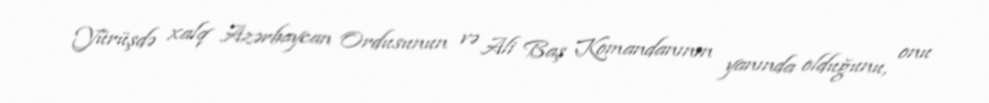
Yürüşdə xalq Azərbaycan Ordusunun və Ali Baş Komandanının yanında olduğunu, onu